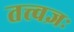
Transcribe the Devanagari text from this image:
तत्त्वज्ञः